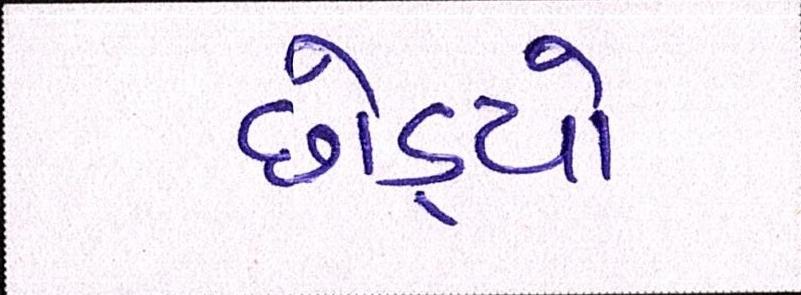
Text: છોડ્યો